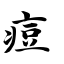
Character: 痘